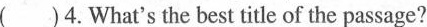
()4.Wyat's the best title of the passage?